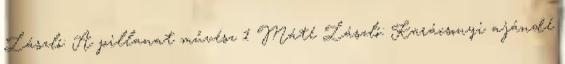
László: A pillanat művész 1 Máté László: Karácsonyi ajándé